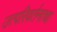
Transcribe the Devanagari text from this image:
उत्परिवर्तनाचा